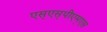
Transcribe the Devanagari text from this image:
एस्‌एस्‌पीएम्‌एस